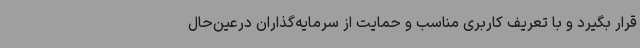
قرار بگیرد و با تعریف کاربری مناسب و حمایت از سرمایه‌گذاران درعین‌حال